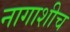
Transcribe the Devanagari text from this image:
नागाशीच